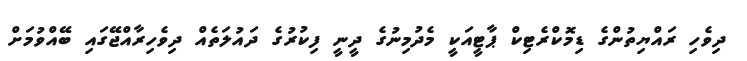
ދިވެހި ރައްޔިތުންގެ ޑިމޮކްރެޓިކް ޕާޓީއަކީ މެދުމިނުގެ ދީނީ ފިކުރުގެ ދައުލަތެއް ދިވެހިރާއްޖޭގައި ބޭއްވުމަށް